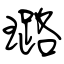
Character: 璐